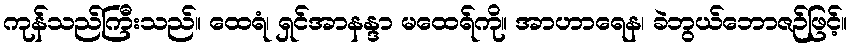
ကုန်သည်ကြီးသည်။ ထေရံ၊ ရှင်အာနန္ဒာ မထေရ်ကို။ အာဟာရေန၊ ခဲဘွယ်ဘောဇဉ်ဖြင့်။